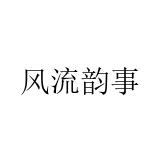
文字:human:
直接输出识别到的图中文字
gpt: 风流韵事